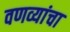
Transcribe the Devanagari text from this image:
वणव्यांचा